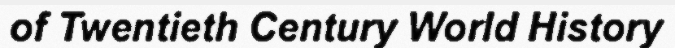
of Twentieth Century World History